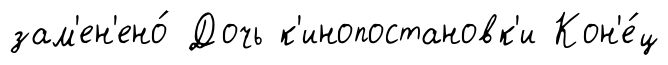
зам'ен'ено́ Дочь к'инопостановк'и Кон'е́ц